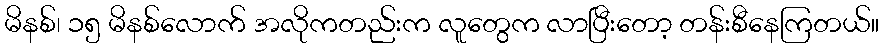
မိနစ်၊ ၁၅ မိနစ်လောက် အလိုကတည်းက လူတွေက လာပြီးတော့ တန်းစီနေကြတယ်။